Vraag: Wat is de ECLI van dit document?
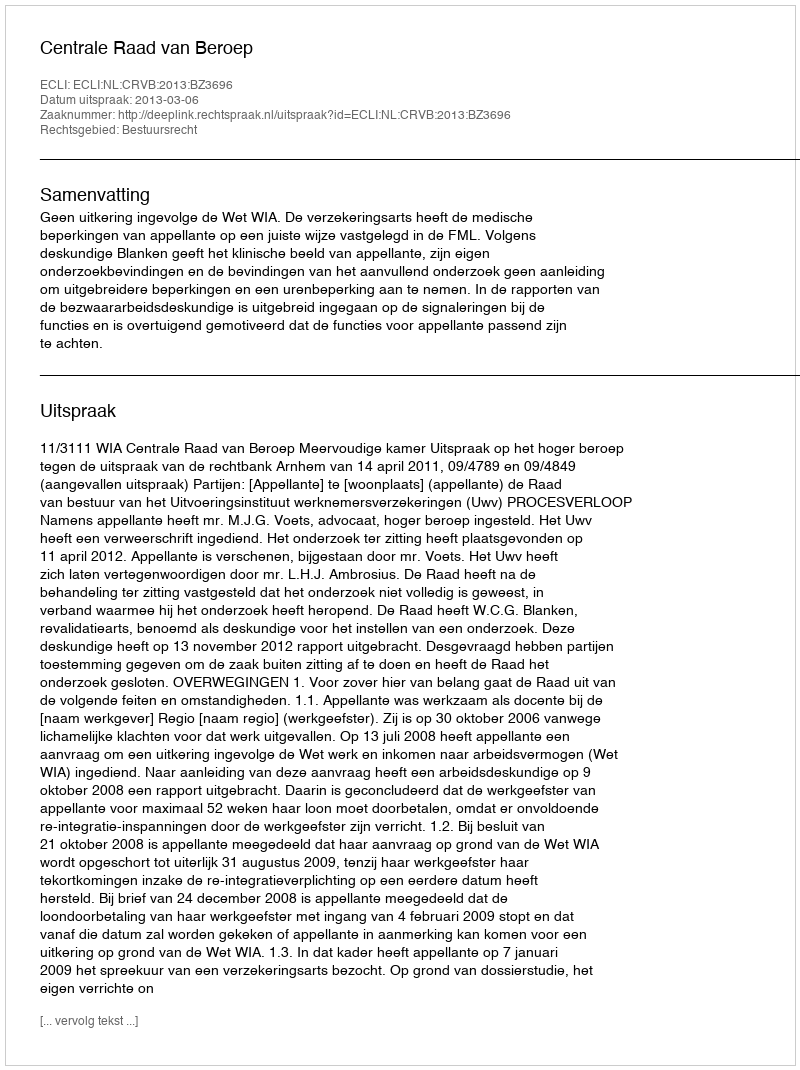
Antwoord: ECLI:NL:CRVB:2013:BZ3696